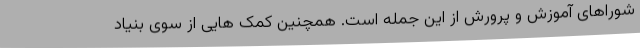
شوراهای آموزش و پرورش از این جمله است. همچنین کمک هایی از سوی بنیاد